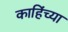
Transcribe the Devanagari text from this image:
काहिंच्या